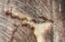
حبيبه